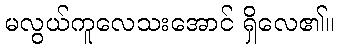
မလွယ်ကူလေသးအောင် ရှိလေ၏။